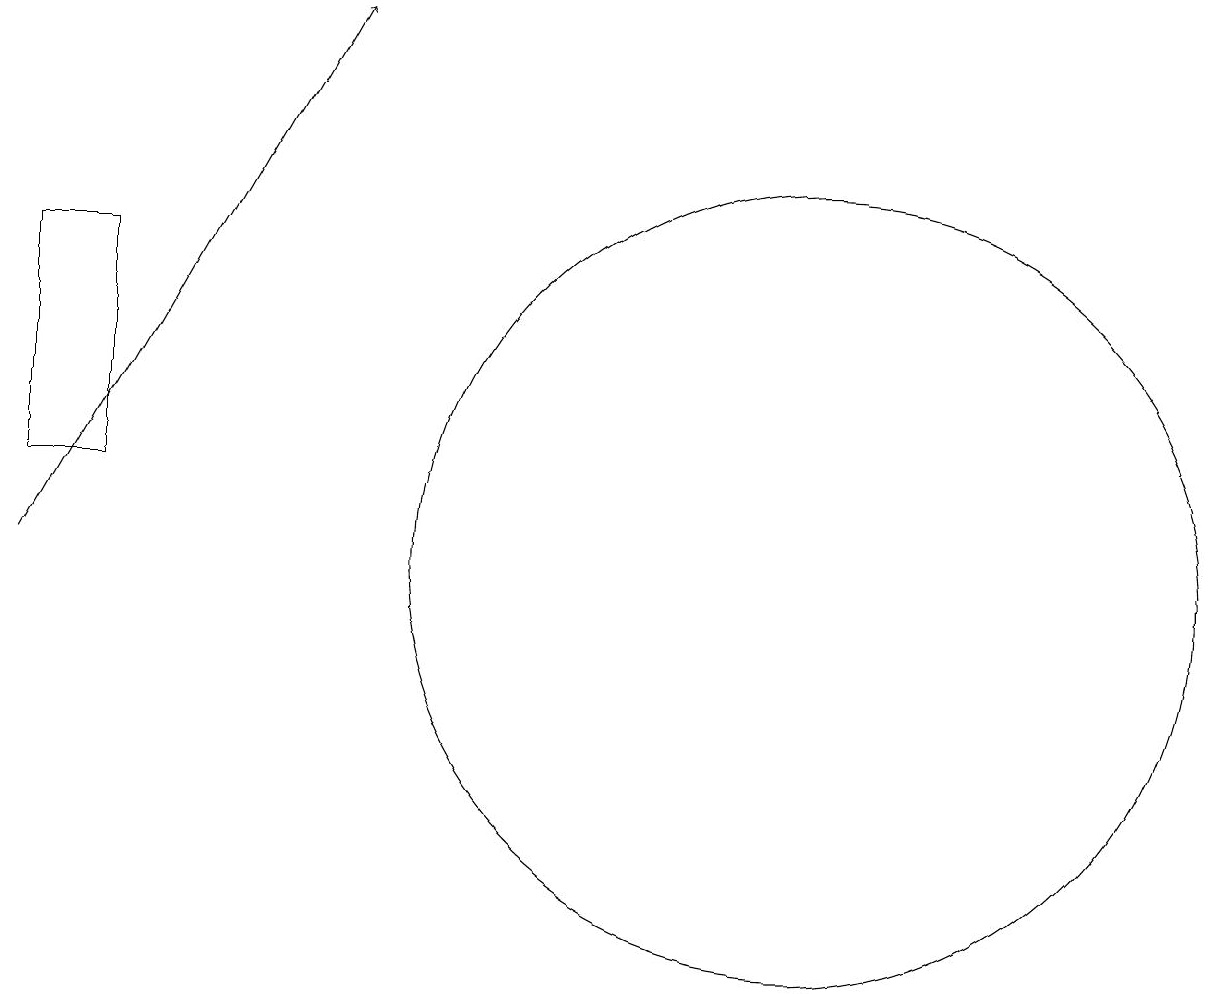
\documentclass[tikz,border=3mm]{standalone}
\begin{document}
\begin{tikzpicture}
\draw (10,10) circle (0);
\draw (2,11) rectangle (1,14);
\draw (11,10) circle (5);
\draw[->] (1,10) -- (5,17);
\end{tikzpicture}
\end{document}